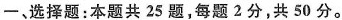
一、选择题：本题共25题，每题2分，共50分。